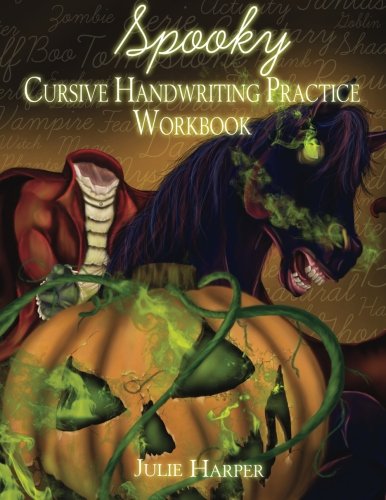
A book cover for Spooky Cursive Handwriting Practice Workbook; Julie Harper; Reference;